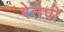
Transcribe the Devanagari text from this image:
रेसेपी